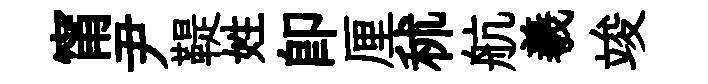
甯尹鞮姓卽厘秫航羲竣